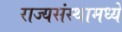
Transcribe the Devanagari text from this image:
राज्यसंस्थामध्ये